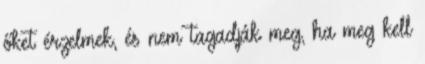
őket érzelmek, és nem tagadják meg, ha meg kell